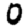
Digit: 0